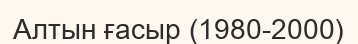
Алтын ғасыр (1980-2000)